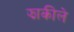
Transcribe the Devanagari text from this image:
झाकीले